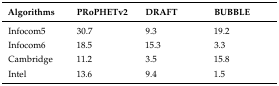
<table><thead><tr><td><b>Algorithms</b></td><td><b>PRoPHETv2</b></td><td><b>DRAFT</b></td><td><b>BUBBLE</b></td></tr></thead><tbody><tr><td>Infocom5</td><td>30.7</td><td>9.3</td><td>19.2</td></tr><tr><td>Infocom6</td><td>18.5</td><td>15.3</td><td>3.3</td></tr><tr><td>Cambridge</td><td>11.2</td><td>3.5</td><td>15.8</td></tr><tr><td>Intel</td><td>13.6</td><td>9.4</td><td>1.5</td></tr></tbody></table>